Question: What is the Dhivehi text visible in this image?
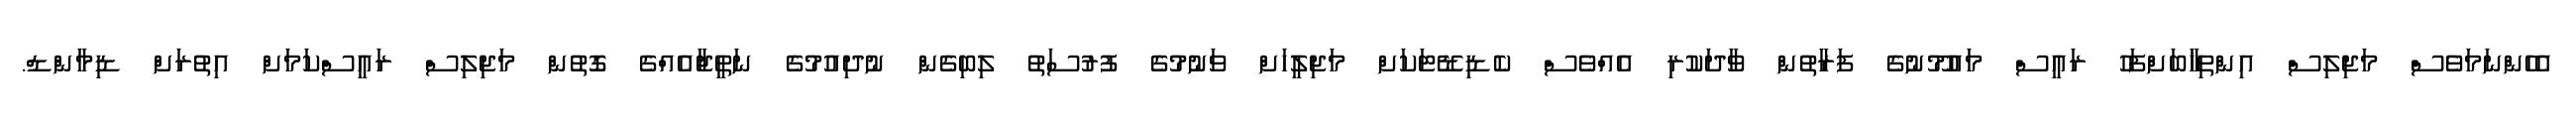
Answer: އެހެންނަމަވެސް މަޖިލިސް އިންތިޚާބަށްފަހު ރައީސް މައުމޫނުގެ ފަރާތުން ވާދަކުރި އެއްވެސް ކެޑިޑޭޓަކަށް މަޖިލީހަށް ވަނުމުގެ ފުރުސަތު ލިބިގެން ނުދިއުމުގެ ނަތީޖާއެއްގެ ގޮތުން މަޖިލިސް ރައީސްކަމަށް އިތުރަށް ޑިމާންޑް.